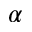
_ \alpha